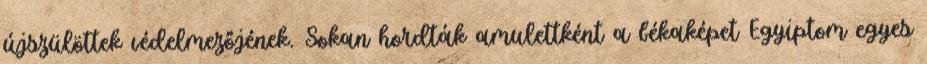
újszülöttek védelmezőjének. Sokan hordták amulettként a békaképet Egyiptom egyes